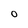
Character: O